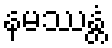
နမဿန္တံ